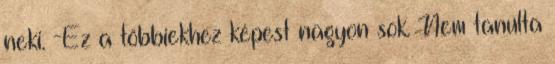
neki. -Ez a többiekhez képest nagyon sok. Nem tanulta